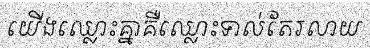
យើងឈ្លោះគ្នាគឺឈ្លោះទាល់តែរលាយ